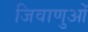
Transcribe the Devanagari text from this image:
जिवाणुओं